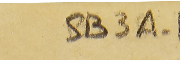
SB3A-1